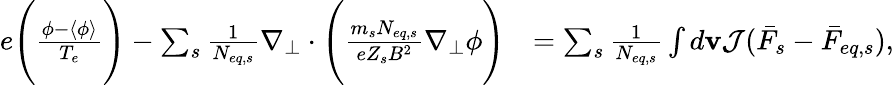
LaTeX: \begin{array}{rl}{e\Bigg(\frac{\phi-\langle\phi\rangle}{T_{e}}\Bigg)-\sum_{s}\frac{1}{N_{eq,s}}\nabla_{\perp}\cdot\Bigg(\frac{m_{s}N_{eq,s}}{eZ_{s}B^{2}}\nabla_{\perp}\phi\Bigg)}&{=\sum_{s}\frac{1}{N_{eq,s}}\int d\mathbf{v}\mathcal{J}(\bar{F}_{s}-\bar{F}_{eq,s}),}\end{array}